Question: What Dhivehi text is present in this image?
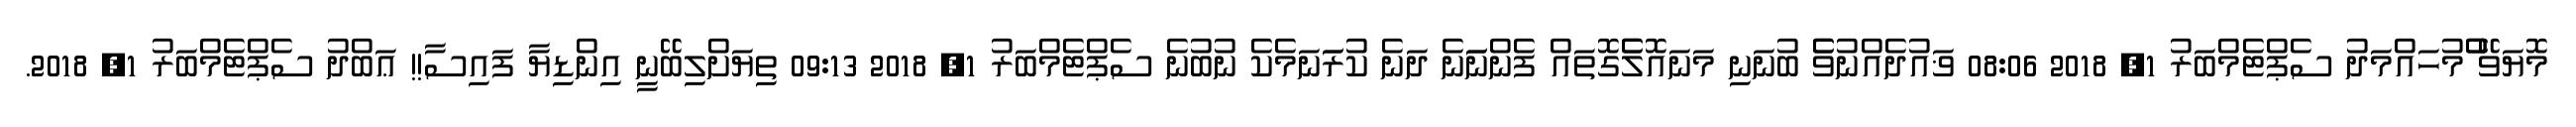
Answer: މޮޔަވޭ ްްމުހައްމަދު ސެޕްޓެމްބަރު 1, 2018 08:06 ޥައުދެއްނުވެެ ބުނަނި މަނައޮލެެގޮތައް ފެންނަަނެ ދަނެ ކުރަަނަމެކެ ނުބުނެ ސެޕްޓެމްބަރު 1, 2018 09:13 ތިޔަށްލިބޭނީ އިންޑިޔާ ފައިސާ!! ޢަބްދު ސެޕްޓެމްބަރު 1, 2018.